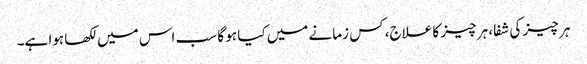
ہر چیز کی شفا، ہر چیز کا علاج، کس زمانے میں کیا ہو گا سب اس میں لکھا ہوا ہے۔